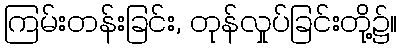
ကြမ်းတန်းခြင်း, တုန်လှုပ်ခြင်းတို့၌။